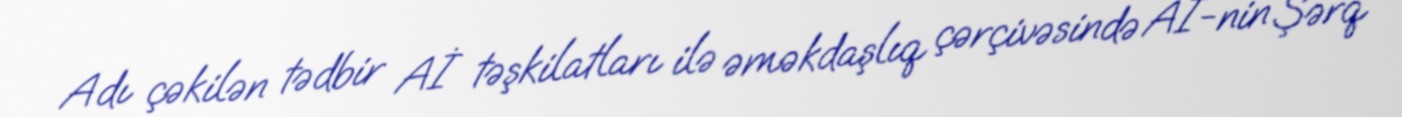
Adı çəkilən tədbir Aİ təşkilatları ilə əməkdaşlıq çərçivəsində Aİ-nin Şərq